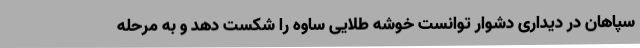
سپاهان در دیداری دشوار توانست خوشه طلایی ساوه را شکست دهد و به مرحله